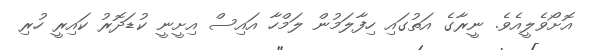
އޮށޯވެލީއެވެ. ނީރާގެ އަތުގައި ހިފާލަމުން ލަމްހާ އައިސް އިށީނީ ކުޑަދޮރު ކައިރީ ހުރި